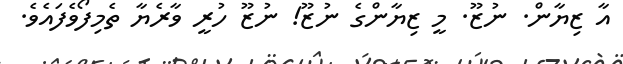
އާ ޒިޔާން. ނުޒޫ. މީ ޒިޔާންގެ ނުޒޫ! ނުޒޫ ހުރީ ވާރެޔާ ތެމިފޯވެފައެވެ.